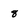
Character: 8